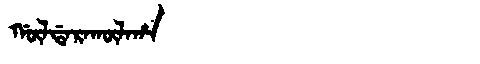
Manchu: ᡤᡡᠯᡩᠠᡵᠠᡴᡡᠯᠠᡥᠠ
Romanization: GŪLDARAKŪLAHA